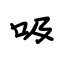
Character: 吸